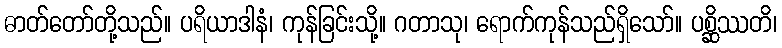
ဓာတ်တော်တို့သည်။ ပရိယာဒါနံ၊ ကုန်ခြင်းသို့။ ဂတာသု၊ ရောက်ကုန်သည်ရှိသော်။ ပစ္ဆိဿတိ၊